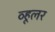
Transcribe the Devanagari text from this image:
व्हूलर